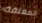
المغلقة